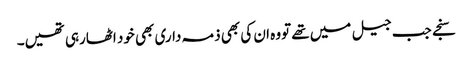
سنجے جب جیل میں تھے تووہ ان کی بھی ذمہ داری بھی خود اٹھارہی تھیں۔